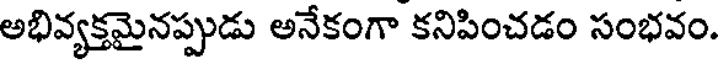
అభివ్యక్తమైనప్పుడు అనేకంగా కనిపించడం సంభవం.